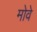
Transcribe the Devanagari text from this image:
मोवे